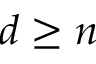
d \geq n